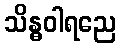
သိန္ဓဝါရညေ